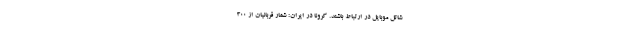
شاتل موبایل در ارتباط باشند. کرونا در ایران: شمار قربانیان از ۳۰۰